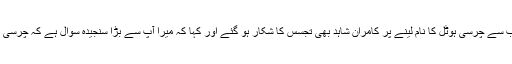
فواد چوہدری کی جانب سے چرسی ہوٹل کا نام لینے پر کامران شاہد بھی تجسس کا شکار ہو گئے اور کہا کہ میرا آپ سے بڑا سنجیدہ سوال ہے کہ چرسی ہوٹل میں کیا ملتا ہے؟